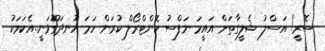
ސޮރީ! އަސްލު ޝެލީގާތަށް އައީމަ ނަފްސު ކޮންޓްރޯލް ކުރަން ހަމަ އުނދަގޫވަނީ..އެކަމަކު